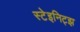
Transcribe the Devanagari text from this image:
स्टेइनिट्झ